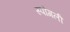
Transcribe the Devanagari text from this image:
स्पोगली